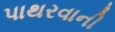
પાથરવાની